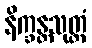
နိက္ခန္တသုတ္တံ